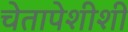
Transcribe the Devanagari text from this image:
चेतापेशीशी